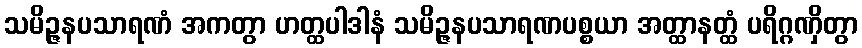
သမိဉ္ဇနပသာရဏံ အကတွာ ဟတ္ထပါဒါနံ သမိဉ္ဇနပသာရဏပစ္စယာ အတ္ထာနတ္ထံ ပရိဂ္ဂဏှိတွာ